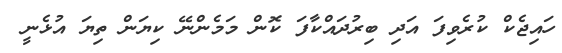
ހައިޖެކް ކުރެވިފަ އަދި ބިރުދައްކާފަ ކޮން މަމެންނޭ ކިޔަން ތިޔަ އުޅެނީ